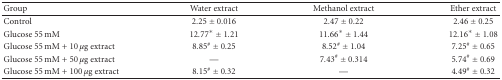
<table><thead><tr><td><b>Group</b></td><td><b>Water extract</b></td><td><b>Methanol extract</b></td><td><b>Ether extract</b></td></tr></thead><tbody><tr><td>Control</td><td>2.25 ± 0.016</td><td>2.47 ± 0.22</td><td>2.46 ± 0.25</td></tr><tr><td>Glucose 55 mM</td><td>12.77* ± 1.21</td><td>11.66* ± 1.44</td><td>12.16* ± 1.08</td></tr><tr><td>Glucose 55 mM + 10 <i>μ</i>g extract</td><td>8.85<sup>#</sup> ± 0.25</td><td>8.52<sup>#</sup> ± 1.04</td><td>7.25<sup>#</sup> ± 0.65</td></tr><tr><td>Glucose 55 mM + 50 <i>μ</i>g extract</td><td>—</td><td>7.43<sup>#</sup> ± 0.314</td><td>5.74<sup>#</sup> ± 0.69</td></tr><tr><td>Glucose 55 mM + 100 <i>μ</i>g extract</td><td>8.15<sup>#</sup> ± 0.32</td><td>—</td><td>4.49<sup>#</sup> ± 0.32</td></tr></tbody></table>